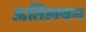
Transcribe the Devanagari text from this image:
ऊतिलयन